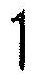
1